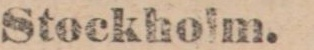
Stockholm.